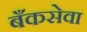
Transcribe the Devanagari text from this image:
बँकसेवा